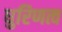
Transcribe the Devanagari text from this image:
धुरिणत्व